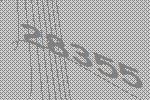
28355